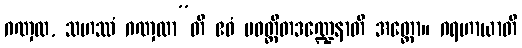
ဂဏှထ, သဟဿံ ဂဏှထာ”တိ ဧဝံ ပဝတ္တိတဒဏ္ဍေနာတိ အတ္ထော။ ဂရဟာယာတိ